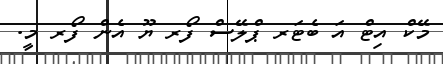
މޭކް އިޓް އަ ބެޓަރ ޕްލޭސް ފޯރ ޔޫ އެން ފޯރ މީ.